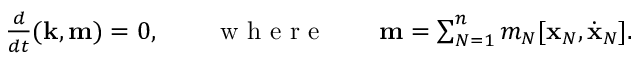
\begin{array} { r } { \frac { d } { d t } ( { \bf k } , { \bf m } ) = 0 , \qquad \mathrm { ~ w ~ h ~ e ~ r ~ e ~ } \qquad { \bf m } = \sum _ { N = 1 } ^ { n } m _ { N } [ { \bf x } _ { N } , \dot { \bf x } _ { N } ] . } \end{array}